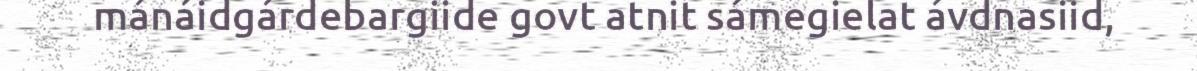
mánáidgárdebargiide govt atnit sámegielat ávdnasiid,